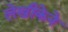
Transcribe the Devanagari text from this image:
लेखीकेने